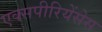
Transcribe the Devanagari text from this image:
एक्सपीरियेंसेस